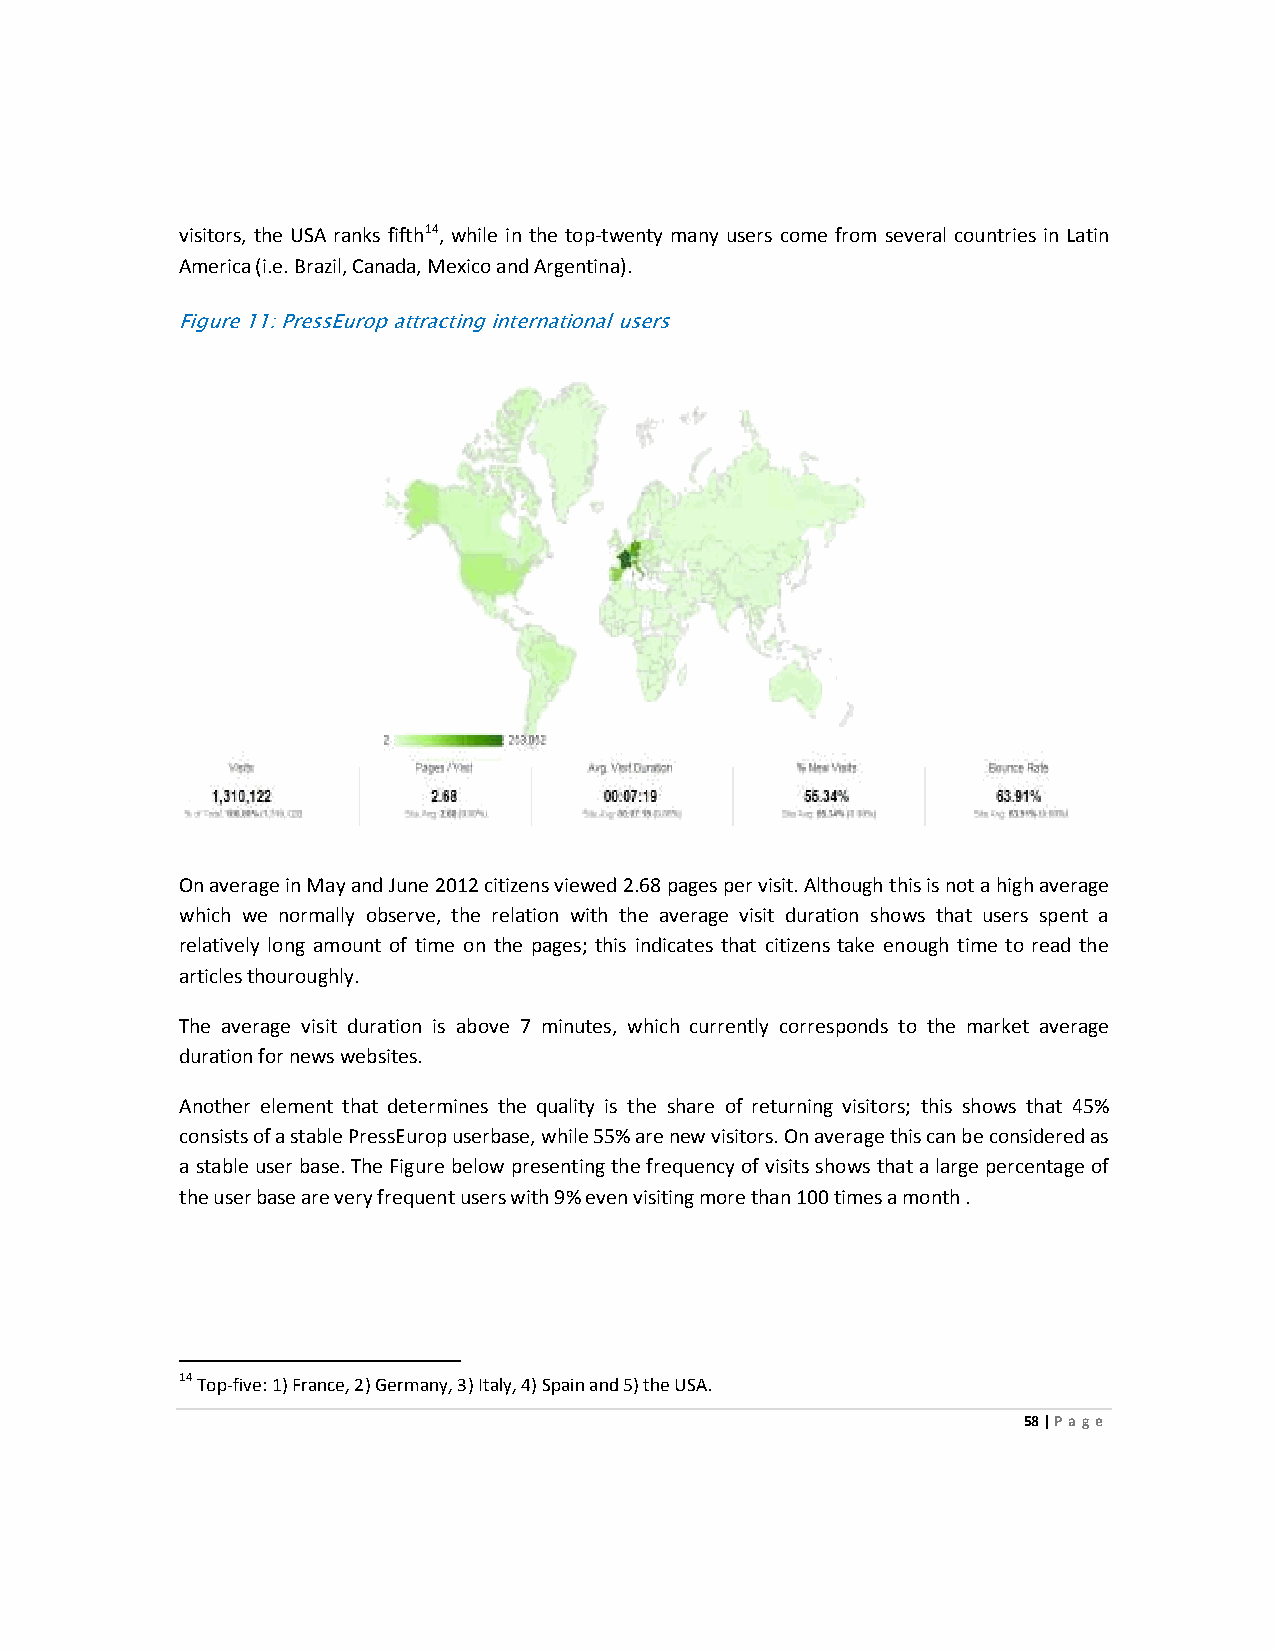
visitors, the USA ranks fifth14, while in the top-twenty many users come from several countries in Latin
 America (i.e. Brazil, Canada, Mexico and Argentina).
 Figure 11: PressEurop attracting international users
 On average in May and June 2012 citizens viewed 2.68 pages per visit. Although this is not a high average
 which we normally observe, the relation with the average visit duration shows that users spent a
 relatively long amount of time on the pages; this indicates that citizens take enough time to read the
 articles thouroughly.
 The average visit duration is above 7 minutes, which currently corresponds to the market average
 duration for news websites.
 Another element that determines the quality is the share of returning visitors; this shows that 45%
 consists of a stable PressEurop userbase, while 55% are new visitors. On average this can be considered as
 a stable user base. The Figure below presenting the frequency of visits shows that a large percentage of
 the user base are very frequent users with 9% even visiting more than 100 times a month .
 14 Top-five: 1) France, 2) Germany, 3) Italy, 4) Spain and 5) the USA.
 58 | Page